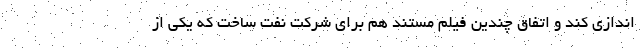
اندازی کند و اتفاق چندین فیلم مستند هم برای شرکت نفت ساخت که یکی از